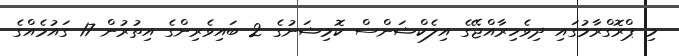
މި ޕްރޮގްރާމުގައި ދިވެހިރާއްޖޭގެ އިލެކްޝަންސް ކޮމިޝަނުގެ 2 ބައިވެރިންގެ އިތުރުން 17 ގައުމެއްގެ